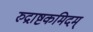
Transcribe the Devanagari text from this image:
रुद्राष्टकमिदम्